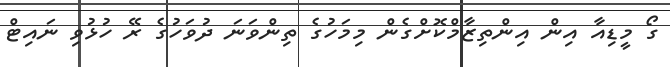
ގޯ މީޑިއާ އިން އިންތިޒާމްކޮށްގެން މިމަހުގެ ތިންވަނަ ދުވަހުގެ ރޭ ހުޅުވި ނައިޓް